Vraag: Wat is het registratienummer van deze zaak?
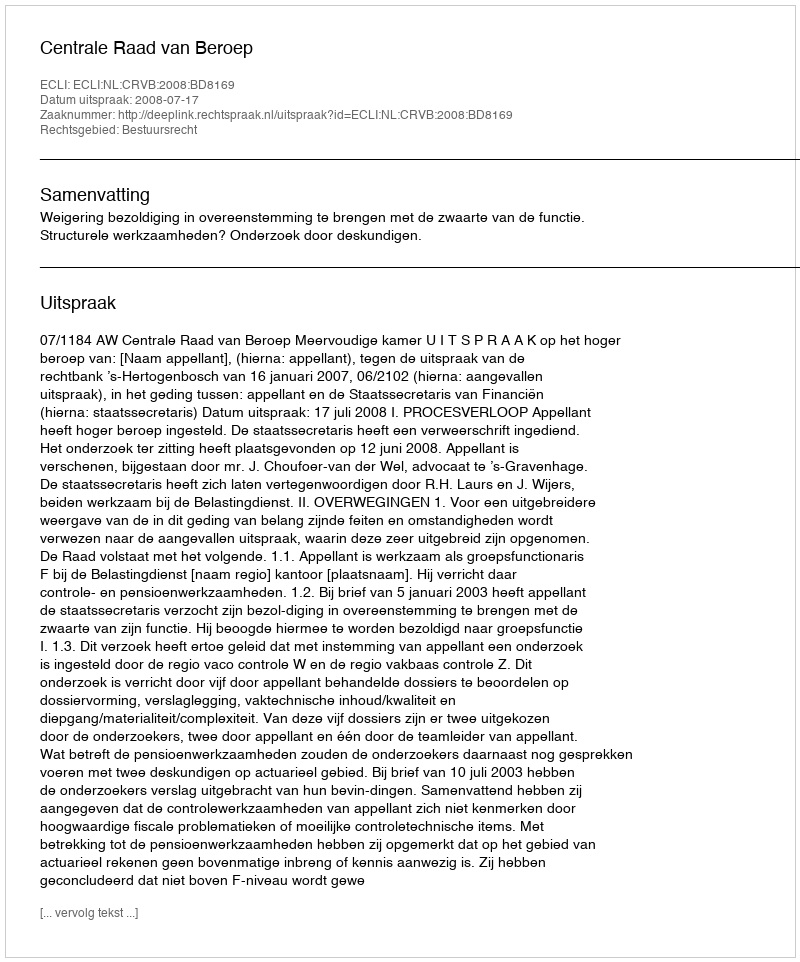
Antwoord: http://deeplink.rechtspraak.nl/uitspraak?id=ECLI:NL:CRVB:2008:BD8169